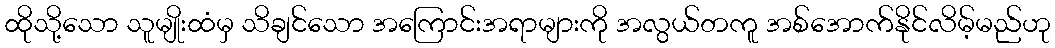
ထိုသို့သော သူမျိုးထံမှ သိချင်သော အကြောင်းအရာများကို အလွယ်တကူ အစ်အောက်နိုင်လိမ့်မည်ဟု